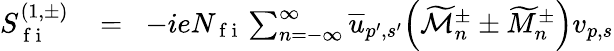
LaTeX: \begin{array}{rlr}{S_{\mathrm{~f~i~}}^{(1,\pm)}\! }&{{}=}&{\! -ieN_{\mathrm{~f~i~}}\sum_{n=-\infty}^{\infty}\overline{{u}}_{p^{\prime},s^{\prime}}\Big(\widetilde{\mathcal{M}}_{n}^{\pm}\pm\widetilde{M}_{n}^{\pm}\Big)v_{p,s}}\end{array}